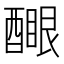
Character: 𨢻